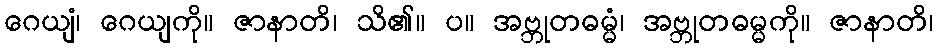
ဂေယျံ၊ ဂေယျကို။ ဇာနာတိ၊ သိ၏။ ပ။ အဗ္ဘုတဓမ္မံ၊ အဗ္ဘုတဓမ္မကို။ ဇာနာတိ၊